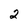
Character: 2